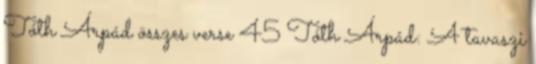
Tóth Árpád összes verse 45 Tóth Árpád: A tavaszi